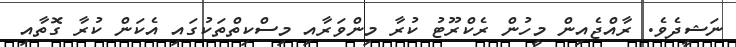
ނަޝީދެވެ. ރާއްޖެއިން މީހުން ރެކްރޫޓު ކުރާ މިންވަރާއި މިސްކިތްތަކުގައި އެކަން ކުރާ ގޮތާއި